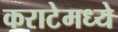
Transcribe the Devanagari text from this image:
कराटेमध्ये